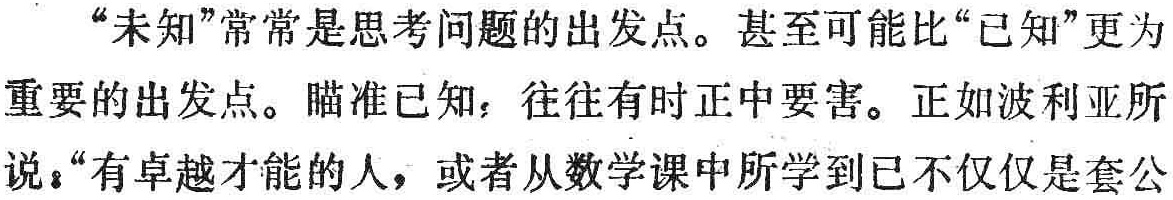
“未知”常常是思考问题的出发点。甚至可能比“已知”更为重要的出发点。瞄准已知，往往有时正中要害。正如波利亚所说：“有卓越才能的人，或者从数学课中所学到已不仅仅是套公